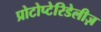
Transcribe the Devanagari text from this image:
प्रोटोप्टेरिडेलीज़